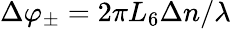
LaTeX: \Delta\varphi_{\pm}=2\pi L_{6}\Delta n/\lambda